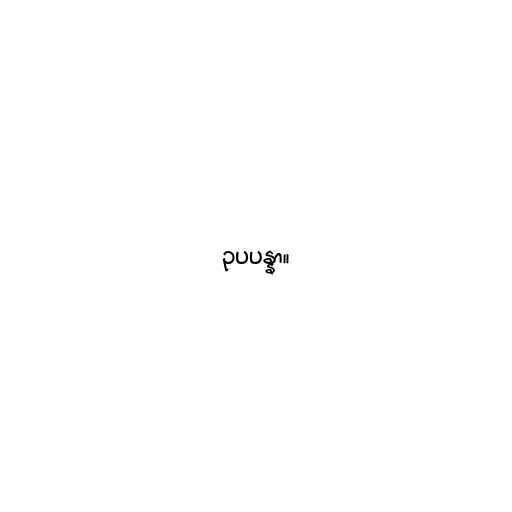
ဥပပန္နာ။